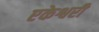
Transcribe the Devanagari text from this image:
एकेश्वरी